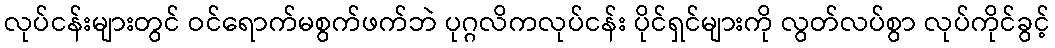
လုပ်ငန်းများတွင် ဝင်ရောက်မစွက်ဖက်ဘဲ ပုဂ္ဂလိကလုပ်ငန်း ပိုင်ရှင်များကို လွတ်လပ်စွာ လုပ်ကိုင်ခွင့်